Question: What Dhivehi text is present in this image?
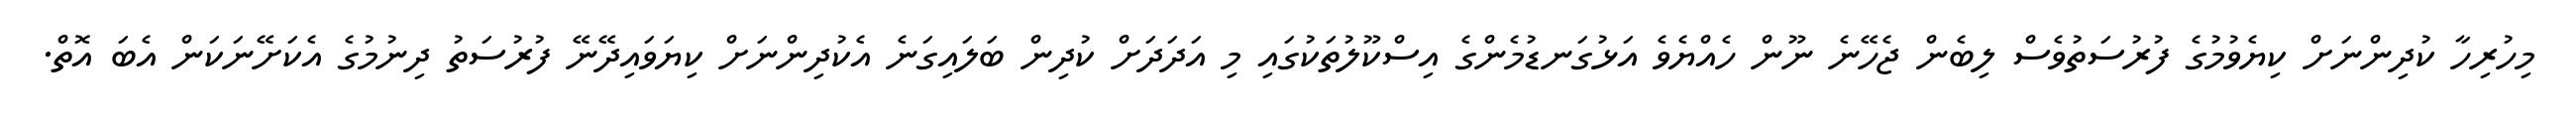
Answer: މިހުރިހާ ކުދިންނަށް ކިޔެވުމުގެ ފުރުސަތުވެސް ލިބެން ޖެހޭނެ ނޫން ހެއްޔެވެ އަޅުގަނޑުމެންގެ އިސްކޫލުތަކުގައި މި އަދަދަށް ކުދިން ބަލައިގަނެ އެކުދިންނަށް ކިޔަވައިދޭނޭ ފުރުސަތު ދިނުމުގެ އެކަށޭނަކަން އެބަ އޮތް.